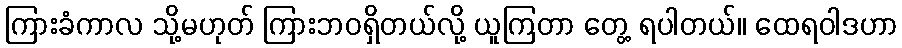
ကြားခံကာလ သို့မဟုတ် ကြားဘဝရှိတယ်လို့ ယူကြတာ တွေ့ ရပါတယ်။ ထေရဝါဒဟာ